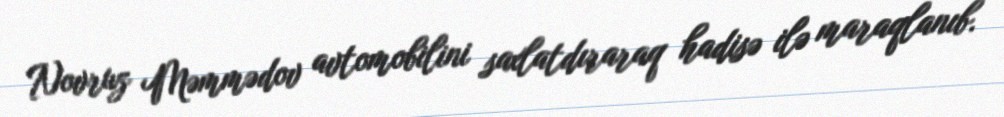
Novruz Məmmədov avtomobilini saxlatdıraraq hadisə ilə maraqlanıb.